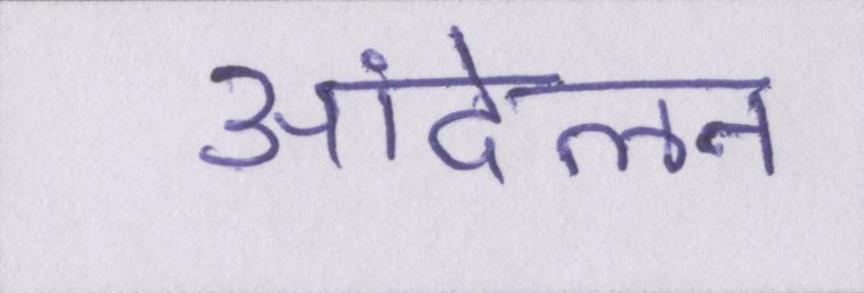
आंदेलन